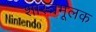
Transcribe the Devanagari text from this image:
शास्त्रमूलक